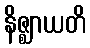
နိဇ္ဈာယတိ